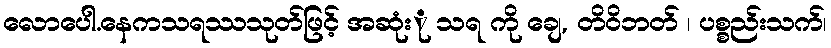
လောပေါ.နေကသရဿသုတ်ဖြင့် အဆုံးု သရ ကို ချေ, တိဝိဘတ် ၊ ပစ္စည်းသက်၊